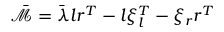
\bar { \mathcal { M } } = \bar { \lambda } \boldsymbol { l } \boldsymbol { r } ^ { T } - \boldsymbol { l } \xi _ { \boldsymbol { l } } ^ { T } - \xi _ { \boldsymbol { r } } \boldsymbol { r } ^ { T }